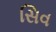
સિવ